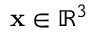
\mathbf { x } \in \mathbb { R } ^ { 3 }